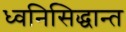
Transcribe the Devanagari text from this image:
ध्वनिसिद्धान्त